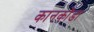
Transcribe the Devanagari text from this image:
कानकोंडा